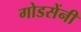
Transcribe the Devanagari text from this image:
गोडसेंनी